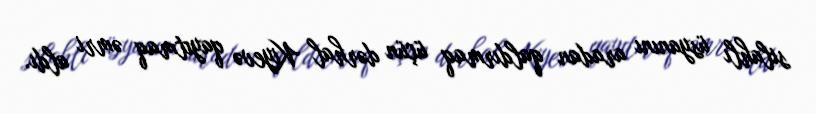
silahlı üsyanını aradan qaldırmaq üçün dərhal Kiyevə qayıtmaq əmri aldı.